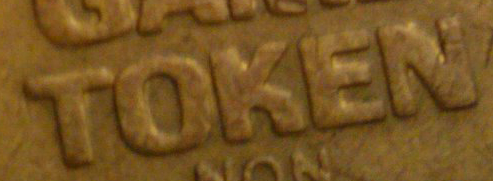
TOKEN